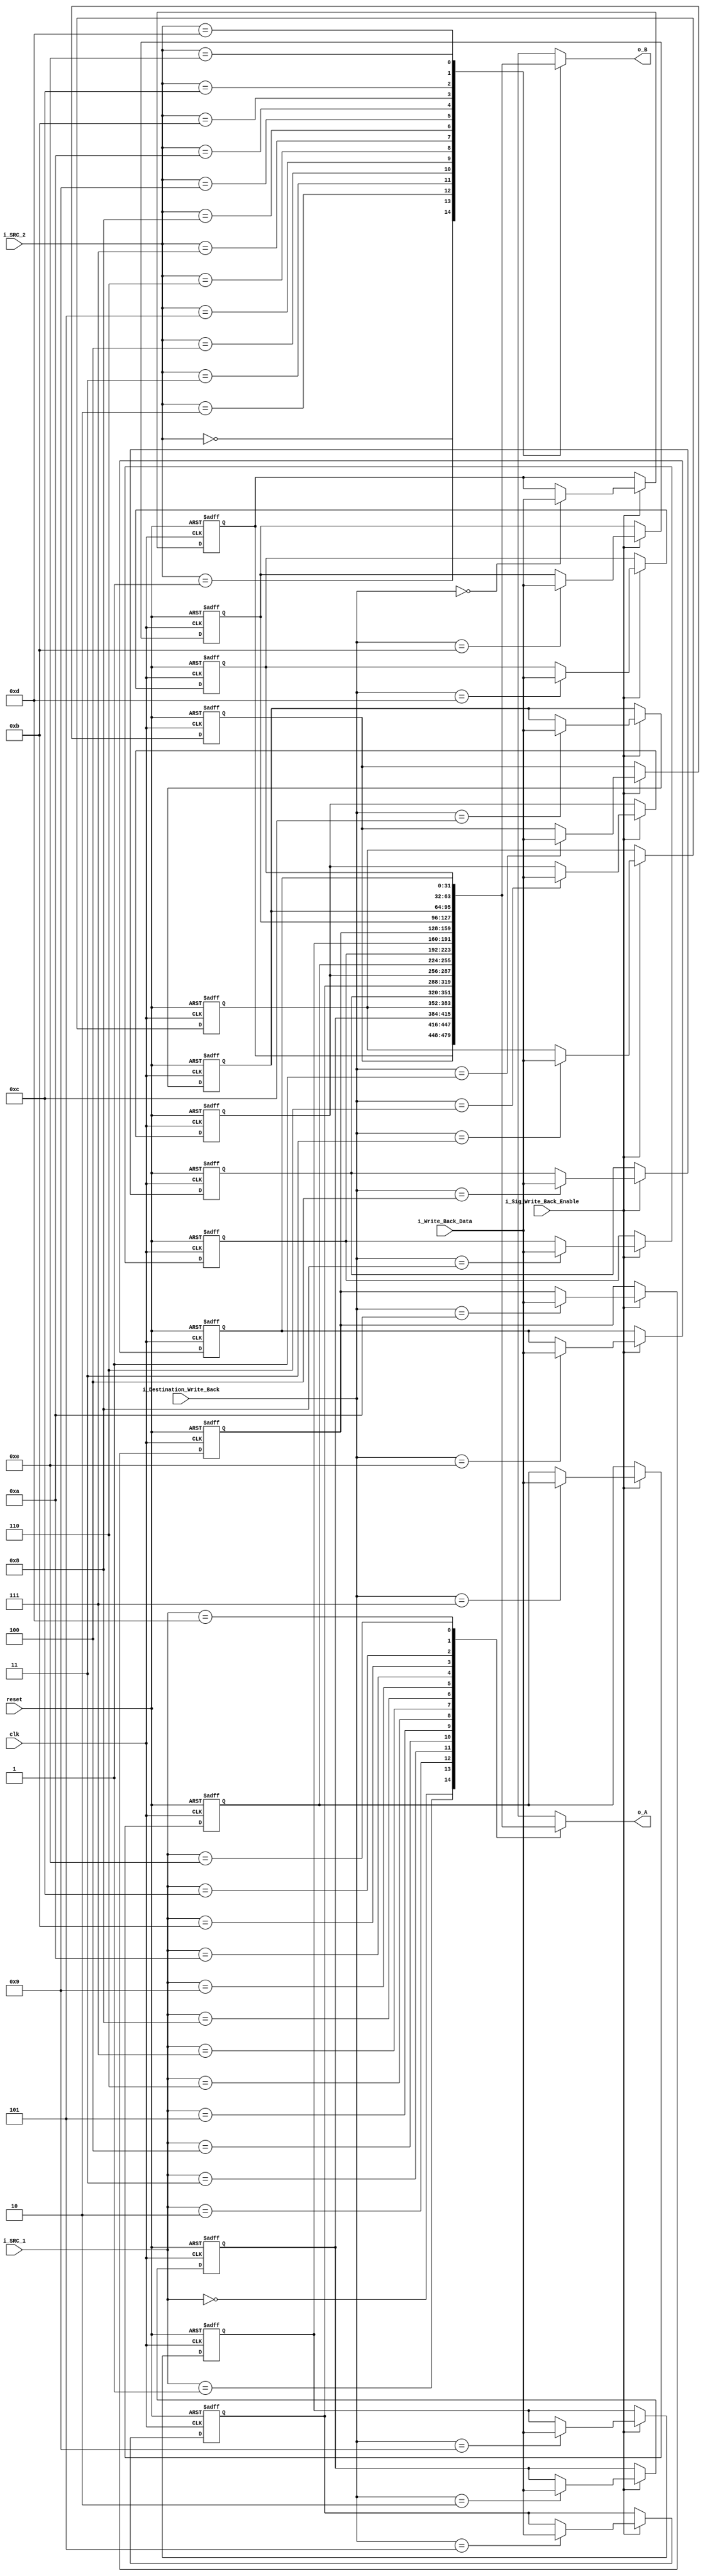
module register_file (
    clk, 
    reset, 
    i_SRC_1, 
    i_SRC_2, 
    i_Destination_Write_Back,
    i_Write_Back_Data,
    i_Sig_Write_Back_Enable, 
    o_A, 
    o_B
    );

    parameter DATA_WIDTH = 32;

    input clk; 
    input reset; 
    input [3:0] i_SRC_1; 
    input [3:0]i_SRC_2; 
    input [3:0] i_Destination_Write_Back;
    input [DATA_WIDTH - 1:0] i_Write_Back_Data;

    input i_Sig_Write_Back_Enable; 
    output [DATA_WIDTH - 1:0] o_A; 
    output [DATA_WIDTH - 1:0] o_B;


    reg[DATA_WIDTH - 1:0] r_registers [0:14];

    assign o_A = r_registers[i_SRC_1];
    assign o_B = r_registers[i_SRC_2];
    
    integer i = 0;

    always @(negedge clk, posedge reset) begin
        if(reset) begin
            for(i = 0; i < 15; i = i + 1) begin
                r_registers[i] <= i;
            end
        end

        else if(i_Sig_Write_Back_Enable) begin
            r_registers[i_Destination_Write_Back] <= i_Write_Back_Data;
        end
         
        else begin
            for(i = 0; i < 15; i = i + 1) begin
                r_registers[i] <= r_registers[i];
            end
        end 
    end

endmodule